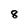
Character: 8